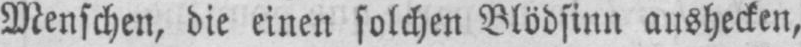
Menschen, die einen solchen Blödsinn aushecken,